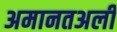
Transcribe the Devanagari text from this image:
अमानतअली